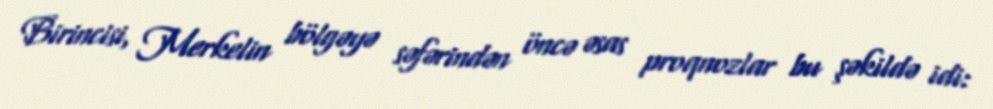
Birincisi, Merkelin bölgəyə səfərindən öncə əsas proqnozlar bu şəkildə idi: